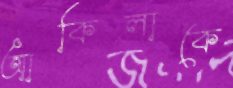
আকিলাকে